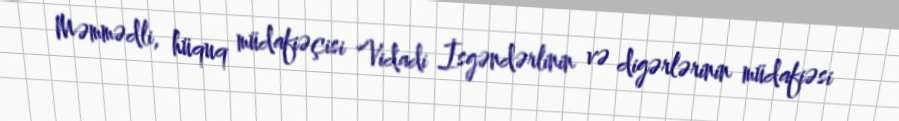
Məmmədli, hüquq müdafiəçisi Vidadi İsgəndərlinin və digərlərinin müdafiəsi